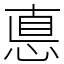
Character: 悳